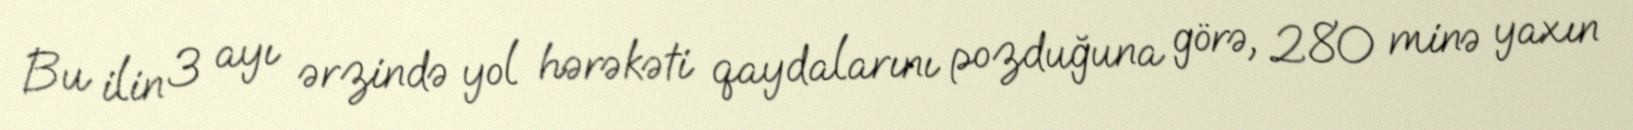
Bu ilin 3 ayı ərzində yol hərəkəti qaydalarını pozduğuna görə, 280 minə yaxın